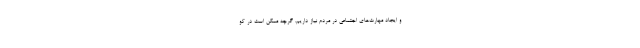
و ایجاد مهارت‌های اجتماعی در مردم نیاز داریم. گرچه ممکن است در کو